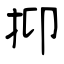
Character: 抑